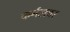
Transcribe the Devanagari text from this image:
कर्नलवर